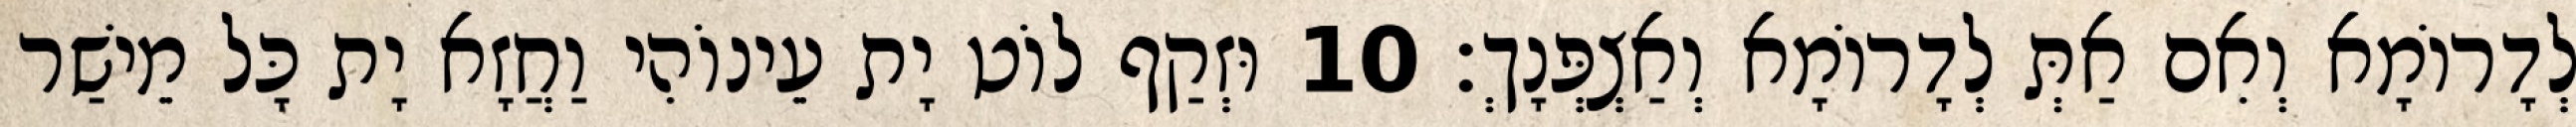
לְדָרוֹמָא וְאִם אַתְּ לְדָרוֹמָא וְאַצְפְּנָךְ׃ 10 וּזְקַף לוֹט יָת עֵינוֹהִי וַחֲזָא יָת כָּל מֵישַׁר